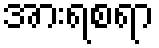
အားရစရာ